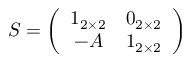
S = \left( \begin{array} { c c } { { 1 _ { 2 \times 2 } } } & { { 0 _ { 2 \times 2 } } } \\ { { - A } } & { { 1 _ { 2 \times 2 } } } \end{array} \right)